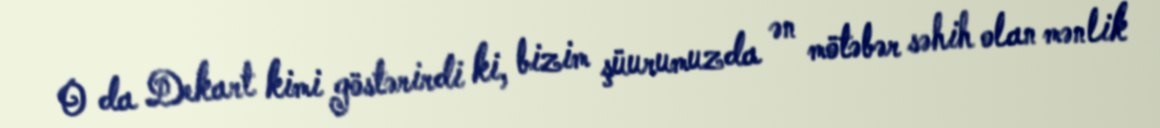
O da Dekart kimi göstərirdi ki, bizim şüurumuzda ən mötəbər səhih olan mənlik